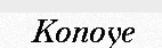
Konoye